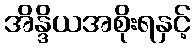
အိန္ဒိယအစိုးရနှင့်